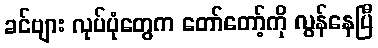
ခင်ဗျား လုပ်ပုံတွေက တော်တော့်ကို လွန်နေပြီ